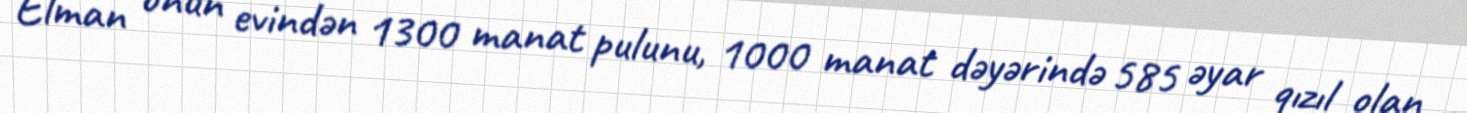
Elman onun evindən 1300 manat pulunu, 1000 manat dəyərində 585 əyar qızıl olan